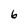
Character: 6